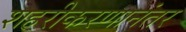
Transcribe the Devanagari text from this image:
शहरीकरणानंतर